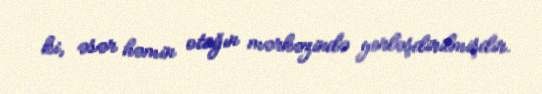
ki, əsər həmin otağın mərkəzində yerləşdirilmişdir.